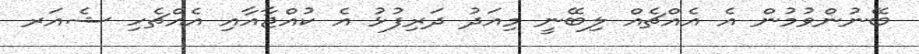
ބޭނުންވުމުން އެ އެއްޗެއް ލިބޭނީ މިއަދު ދަރިފުޅު އެ ކުއްޖާއާއި އެއްޗެހި ޝެއަރ